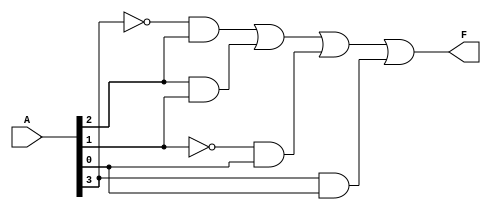
module combinational_logic_block (
    input wire [3:0] A,      // 4 inputs (A3, A2, A1, A0)
    output wire F            // One output
);

    // Define the essential prime implicants as individual gates.
    // Here, we will assume that we have derived the following essential prime implicants for the logic circuit:
    // F = A3'A2 + A2A1 + A1'A0 + A3A0 (example function)
    
    wire p1, p2, p3, p4; // Intermediate wires for each essential prime implicant

    // Implementing prime implicants
    assign p1 = ~A[3] & A[2];     // A3'A2
    assign p2 = A[2] & A[1];      // A2A1
    assign p3 = ~A[1] & A[0];     // A1'A0
    assign p4 = A[3] & A[0];      // A3A0

    // Combine the essential prime implicants using OR gate to get output F
    assign F = p1 | p2 | p3 | p4;

endmodule